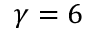
\gamma = 6